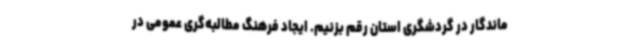
ماندگار در گردشگری استان رقم بزنیم. ایجاد فرهنگ مطالبه‌گری عمومی در